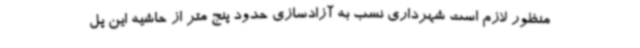
منظور لازم است شهرداری نسب به آزادسازی حدود پنج متر از حاشیه این پل